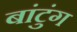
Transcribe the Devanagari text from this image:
बांटुंग